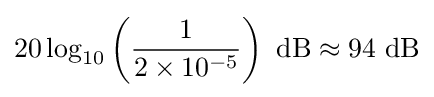
20\log _{10}\left({\frac {1}{2\times 10^{-5}}}\right)~{\text{dB}}\approx 94~{\text{dB}}